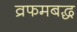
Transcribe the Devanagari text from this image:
व्रफमबद्ध